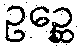
ဥဉ္ဆေ